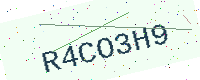
Text: R4CO3H9